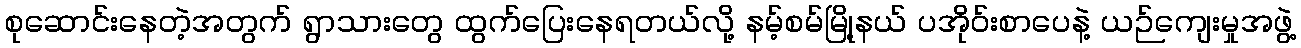
စုဆောင်းနေတဲ့အတွက် ရွာသားတွေ ထွက်ပြေးနေရတယ်လို့ နမ့်စမ်မြို့နယ် ပအိုဝ်းစာပေနဲ့ ယဉ်ကျေးမှုအဖွဲ့